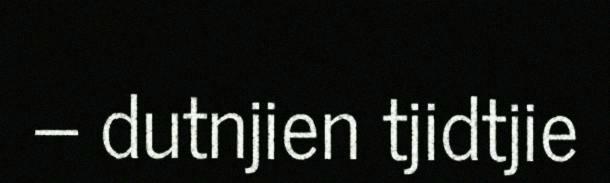
– dutnjien tjidtjie